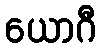
ယောဂီ